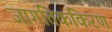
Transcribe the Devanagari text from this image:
जागतिककिरण